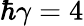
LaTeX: \hbar\gamma=4